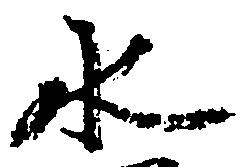
水